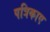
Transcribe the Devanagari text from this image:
पत्रिकाए